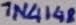
Text: 1N4148